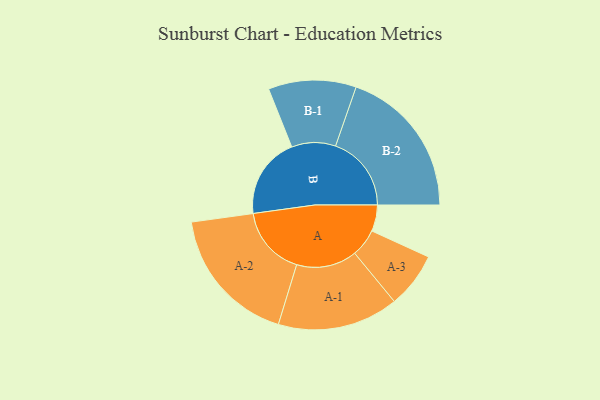
{"axis": {"x": "Segment", "y": "Value"}, "legend": ["", "A", "B"], "data": [{"x": "A", "y": 103, "type": ""}, {"x": "B", "y": 319, "type": ""}, {"x": "A-1", "y": 237, "type": "A"}, {"x": "A-2", "y": 273, "type": "A"}, {"x": "A-3", "y": 109, "type": "A"}, {"x": "B-1", "y": 172, "type": "B"}, {"x": "B-2", "y": 297, "type": "B"}]}